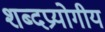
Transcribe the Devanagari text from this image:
शब्दप्रयोगीय